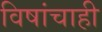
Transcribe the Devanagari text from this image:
विषांचाही